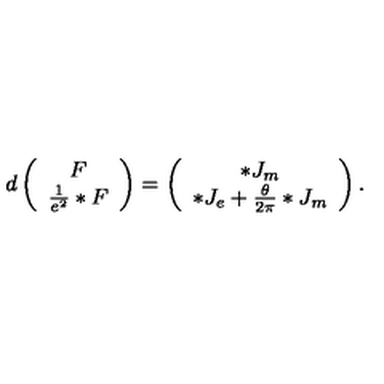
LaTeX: d \left( \begin{array} { c } { F } \\ { \frac { 1 } { e ^ { 2 } } * F } \\ \end{array} \right) = \left( \begin{array} { c } { * J _ { m } } \\ { * J _ { e } + \frac { \theta } { 2 \pi } * J _ { m } } \\ \end{array} \right) .